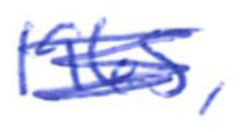
Text: 1965,
Cross-out: scratch
Writing tool: ballpoint